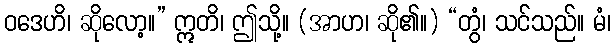
ဝဒေဟိ၊ ဆိုလော့။” ဣတိ၊ ဤသို့။ (အာဟ၊ ဆို၏။) “တွံ၊ သင်သည်။ မံ၊